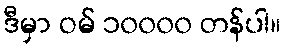
ဒီမှာ ဝမ် ၁၀၀၀၀ တန်ပါ။